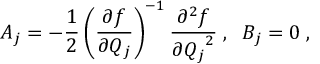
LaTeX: A _ { j } = - \frac { 1 } { 2 } \left( \frac { \partial f } { \partial Q _ { j } } \right) ^ { - 1 } \frac { \partial ^ { 2 } f } { \partial { Q _ { j } } ^ { 2 } } \; , \; \; B _ { j } = 0 \; ,